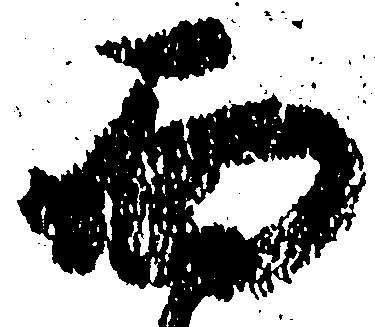
面